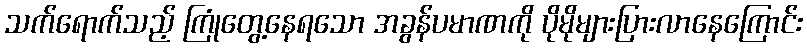
သက်ရောက်သည့် ကြုံတွေ့နေရသော အခွန်ပမာဏကို ပိုမိုများပြားလာနေကြောင်း